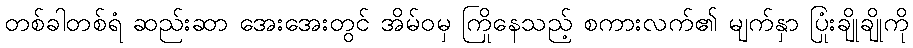
တစ်ခါတစ်ရံ ဆည်းဆာ အေးအေးတွင် အိမ်ဝမှ ကြိုနေသည့် စကားလက်၏ မျက်နှာ ပြုံးချိုချိုကို